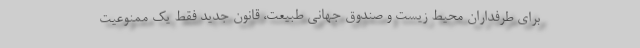
برای طرفداران محیط زیست و صندوق جهانی طبیعت، قانون جدید فقط یک ممنوعیت